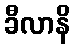
ခီလာနိ